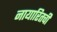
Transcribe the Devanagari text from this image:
नायारितची